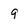
Character: 9